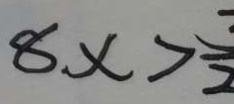
8 x > \frac { 3 } { 2 }